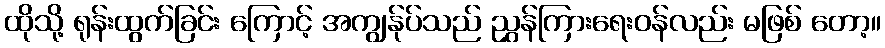
ထိုသို့ ရုန်းထွက်ခြင်း ကြောင့် အကျွန်ုပ်သည် ညွှန်ကြားရေးဝန်လည်း မဖြစ် တော့။